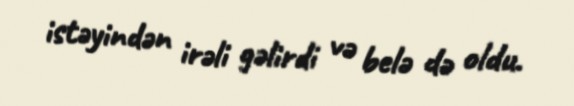
istəyindən irəli gəlirdi və belə də oldu.